画像に写った文字を読んでください
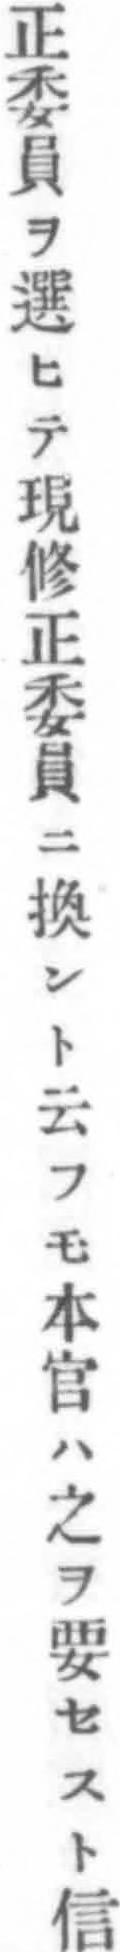
「正委員ヲ選ヒテ現修正委員ニ換ント云フモ本官ハ之ヲ要セスト信」と書いてあります